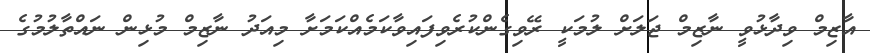
އާޒިމް ވިދާޅުވީ ނާޒިމް ޖަލަށް ލުމަކީ ރޭވިގެންކުރެވިފައިވާކަމެއްކަމަށާ މިއަދު ނާޒިމް މުޅިން ނައްތާލުމުގެ